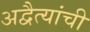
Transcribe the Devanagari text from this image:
अद्वैत्यांची